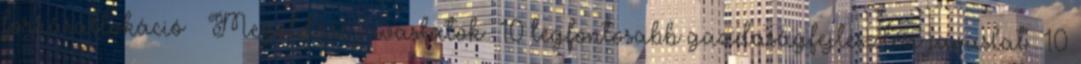
forrásallokáció ▪ Megoldási javaslatok –10 legfontosabb gazdaságfejlesztési javaslat –10